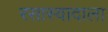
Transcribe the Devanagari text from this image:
रसास्वादाला